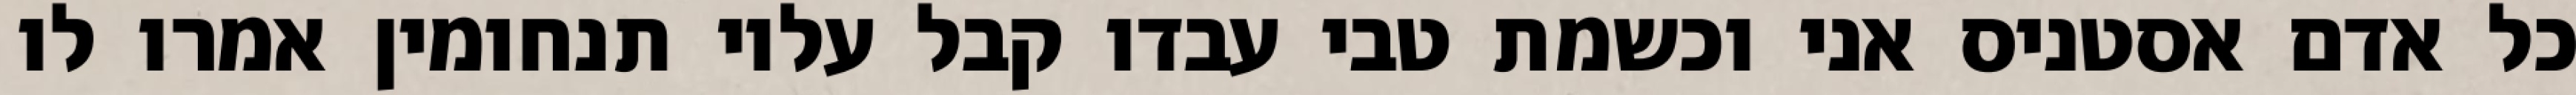
כל אדם אסטניס אני וכשמת טבי עבדו קבל עליו תנחומין אמרו לו